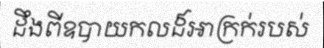
ដឹងពីឧបាយកលដ៏អាក្រក់របស់